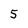
Character: 5